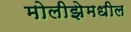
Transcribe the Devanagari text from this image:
मोलीझेमधील